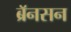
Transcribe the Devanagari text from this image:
ब्रॅनसन